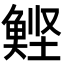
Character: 𮫹